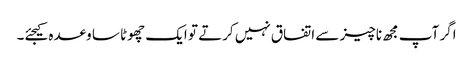
اگر آپ مجھ ناچیز سے اتفاق نہیں کرتے تو ایک چھوٹا سا وعدہ کیجئے۔